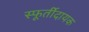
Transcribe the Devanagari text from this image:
स्फूर्तीदायक